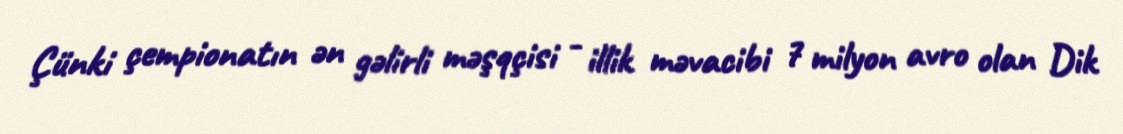
Çünki çempionatın ən gəlirli məşqçisi - illik məvacibi 7 milyon avro olan Dik